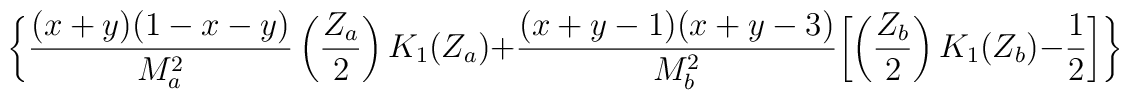
\biggl\{\frac{(x+y)(1-x-y)}{M_{a}^{2}}\left(\frac{Z_{a}}{2}\right)K_{1}(Z_{a})+\frac{(x+y-1)(x+y-3)}{M_{b}^{2}}\biggl[\left(\frac{Z_{b}}{2}\right)K_{1}(Z_{b})-\frac{1}{2}\biggr]\biggr\}